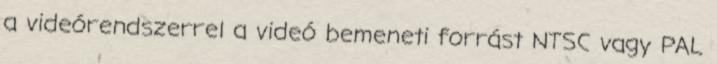
a videórendszerrel a videó bemeneti forrást NTSC vagy PAL